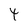
Character: 4